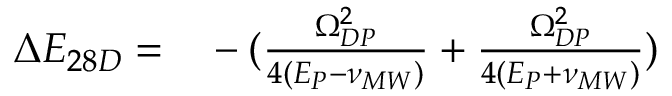
\begin{array} { r l } { \Delta E _ { 2 8 D } = } & { { } - ( \frac { \Omega _ { D P } ^ { 2 } } { 4 ( E _ { P } - \nu _ { M W } ) } + \frac { \Omega _ { D P } ^ { 2 } } { 4 ( E _ { P } + \nu _ { M W } ) } ) } \end{array}